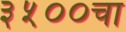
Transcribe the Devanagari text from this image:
३५००चा